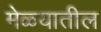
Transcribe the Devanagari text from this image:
मेळ्यातील